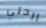
ارحلي